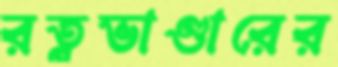
রত্নভাণ্ডারের